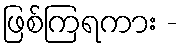
ဖြစ်ကြရကား -